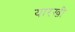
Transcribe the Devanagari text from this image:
यारखी